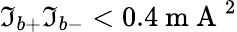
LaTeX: \mathfrak{I}_{b+}\mathfrak{I}_{b-}<0.4\mathrm{{~m~A~}}^{2}